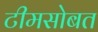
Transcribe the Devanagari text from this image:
टीमसोबत